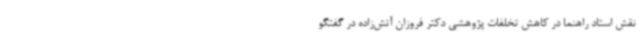
نقش استاد راهنما در کاهش تخلفات پژوهشی دکتر فروزان آتش‌زاده در گفتگو